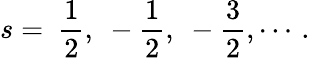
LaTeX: s=~\frac{1}{2},~-\frac{1}{2},~-\frac{3}{2},\cdots{\, }.